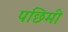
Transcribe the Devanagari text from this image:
पछिमी